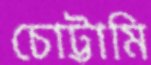
চোট্টামি